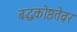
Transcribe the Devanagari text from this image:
बद्धकोष्ठतेवर